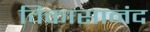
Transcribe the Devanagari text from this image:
विकासानंद